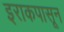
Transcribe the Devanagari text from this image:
इराकपासून